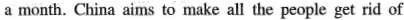
a month. China aims to make all the people get rid of